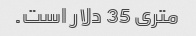
متری 35 دلار است.